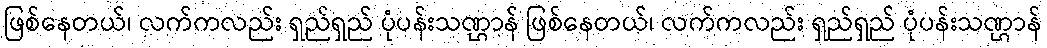
ဖြစ်နေတယ်၊ လက်ကလည်း ရှည်ရှည် ပုံပန်းသဏ္ဌာန် ဖြစ်နေတယ်၊ လက်ကလည်း ရှည်ရှည် ပုံပန်းသဏ္ဌာန်